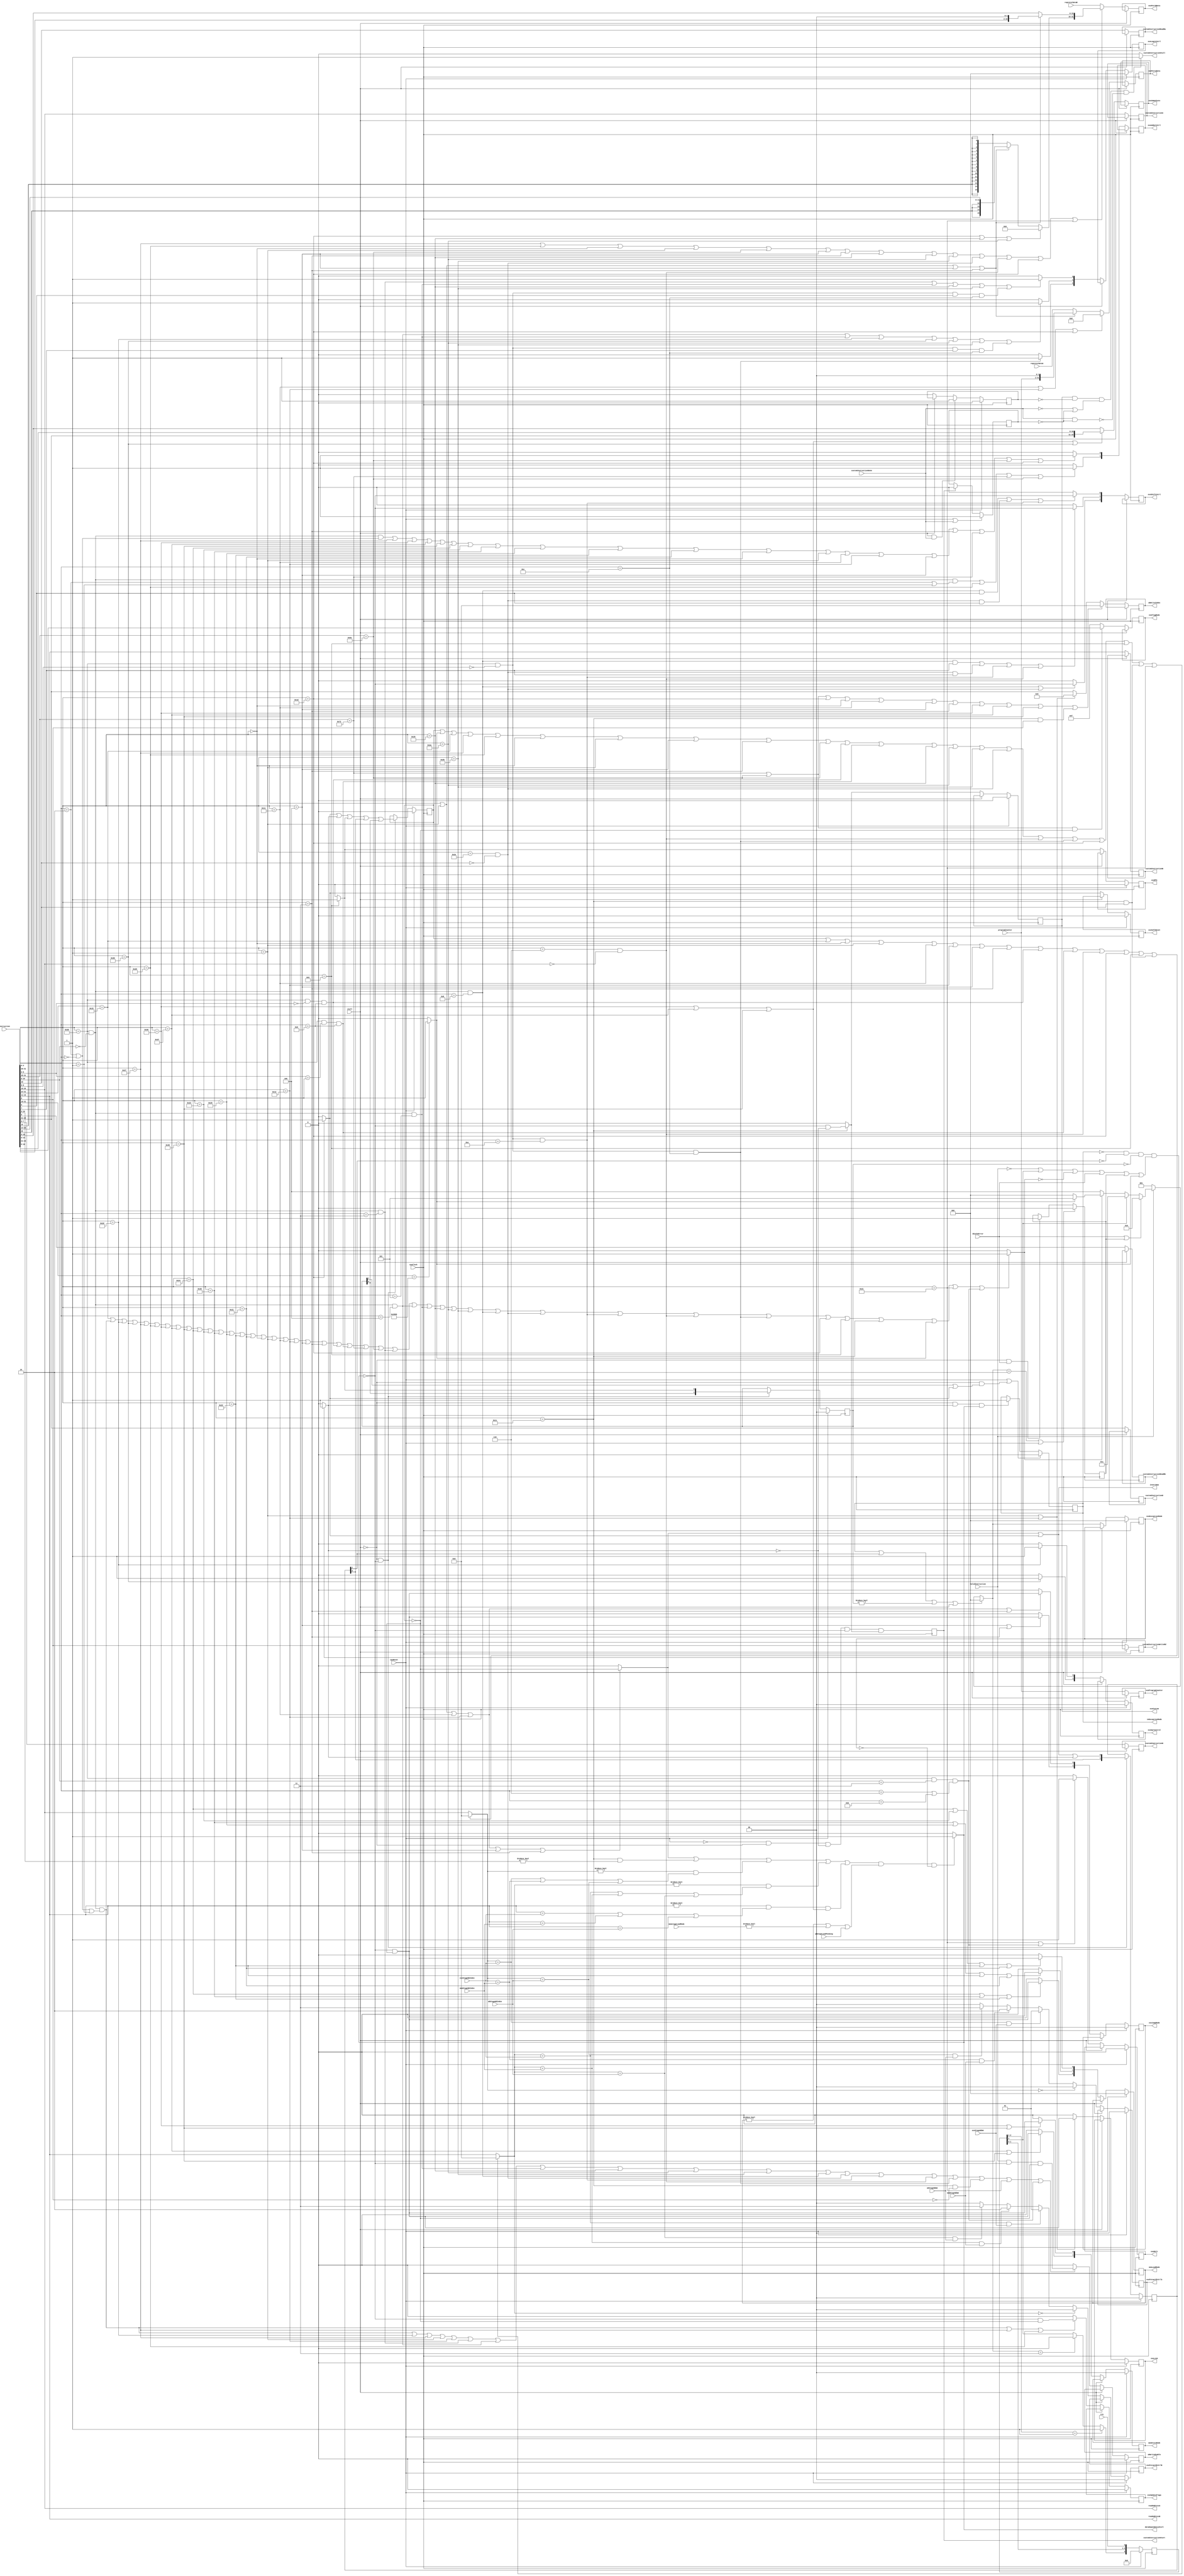
`default_nettype none 
module decodeStage ( input wire  cpuClock,
                                 cpuReset,
                                 stall,
                                 irq,
                                 dCacheError,
                     output wire dataDependencyStall,
                                 customInstructionStall,
                     
                     // here the fetch-stage interface is defined
                     input wire [31:0] instruction,
                     input wire        validInstruction,
                     input wire [31:2] programCounter,
                     output wire       insertNop,
                     
                     // here the register-file interface is defined
                     output wire [4:0] readAddressA,
                                       readAddressB,
                     input wire [31:0] registerDataA,
                                       registerDataB,
                     output wire       inExceptionMode,
                     
                     // here the forward detection interface is defined
                     input wire [4:0] exeStageWbIndex,
                                      memStageWbIndex,
                                      wbStageWbIndex,
                     input wire       exeStageWbWe,
                                      memStageWbWe,
                                      wbStageWbWe,
                     
                     // here the exe-stage interface is defined
                     output reg [31:2] exeProgramCounter,
                     output reg [31:0] exePortAData,
                                       exePortBData,
                     output reg [1:0]  exeForwardCntrlA,
                                       exeForwardCntrlB,
                                       exeAdderCntrl,
                     output reg [2:0]  exeLogicCntrl,
                                       exeShiftCntrl,
                     output reg        exeUpdateFlags,
                     output reg [1:0]  exeJumpMode,
                                       exeSprControl,
                     output reg        exeLink,
                     output reg [3:0]  exeFlagMode,
                     output reg        exeSoftReset,
                     output wire [2:0] exeExceptionMode,
                     output reg        exeRfe,
                     output reg [15:0] exeImmediate,
                     output wire       exeCustom,
                     output reg        exeMult,
                     output reg [1:0]  memStoreMode,
                     output wire [2:0] memLoadMode,
                     input wire [2:0]  memstageLoadMode,
                     input wire        wbStageLoadPending,
                     output reg [4:0]  wbWriteIndex,
                     output reg        wbWriteEnable,
                     
                     // here part of the custom instruction interface is defined
                     output wire      customInstructionStart,
                     output reg [7:0] customInatructionN,
                     output reg [4:0] customInstructionA,
                                      customInstructionB,
                                      customInstructionD,
                     output reg       customInstructionReadRa,
                                      customInstructionReadRb,
                                      customInstructionWriteRd,
                     input wire       customInstructionDone );

  reg s_flushReg;
  reg [2:0] s_exeLoadModeReg, s_exceptionModeReg;
  reg [3:0]  s_irqRequestReg;
  reg s_inExcepModeReg, s_dCacheErrorReg;
  wire s_isException;
  // assign the register file signals
  assign readAddressA = instruction[20:16];
  assign readAddressB = instruction[15:11];
  assign memLoadMode = s_exeLoadModeReg;
  assign exeExceptionMode = s_exceptionModeReg;
  assign inExceptionMode = s_inExcepModeReg;
  always @(posedge cpuClock) if (stall == 1'b0) exeProgramCounter <= programCounter;
  
  // here we do the decoding
  wire s_systemCall = instruction[31:16] == 16'h2000 ? 1'b1 : 1'b0;
  wire s_isJump = (instruction[31:26] == 6'b000000) // J
                  ||
                  (instruction[31:26] == 6'b000001) // JAL
                  ||
                  (instruction[31:26] == 6'b010001) // JR
                  ||
                  (instruction[31:26] == 6'b010010) // JALR
                  ||
                  (instruction[31:26] == 6'b000100) // BF
                  ||
                  (instruction[31:26] == 6'b000011) // BNF
                  ? ~s_flushReg : 1'b0;
  wire s_executeNext = ( (instruction[31:24] == 8'b00010101) // NOP instruction
                        ||
                        (instruction[31:26] == 6'b111000 &&
                         instruction[10:8] == 3'b000 &&
                         (instruction[3:0] == 4'h2 || // SUB
                          instruction[3:0] == 4'h0 || // ADD
                          instruction[3:0] == 4'h1))  // ADDC
                        ||
                        (instruction[31:26] == 6'b101101) //MFSPR
                        ||
                        (instruction[31:26] == 6'b110000) //MTSPR
                        ||
                        (instruction[31:26] == 6'b100111) // ADDI
                        ||
                        (instruction[31:26] == 6'b101000) // ADDIC
                        ||
                        (instruction[31:26] == 6'b110110) // SB
                        ||
                        (instruction[31:26] == 6'b110111) // SHW
                        ||
                        (instruction[31:26] == 6'b110101) // SW
                        ||
                        (instruction[31:26] == 6'b100100) // LBS
                        ||
                        (instruction[31:26] == 6'b100011) // LBZ
                        ||
                        (instruction[31:26] == 6'b100110) // LHS
                        ||
                        (instruction[31:26] == 6'b100101) // LHZ
                        ||
                        (instruction[31:26] == 6'b100010) // LWS
                        ||
                        (instruction[31:26] == 6'b100001) // LWZ
                        ||
                        (instruction[31:26] == 6'b000000) // J
                        ||
                        (instruction[31:26] == 6'b000001) // JAL
                        ||
                        (instruction[31:26] == 6'b010001) // JR
                        ||
                        (instruction[31:26] == 6'b010010) // JALR
                        ||
                        (instruction[31:26] == 6'b000100) // BF
                        ||
                        (instruction[31:26] == 6'b000011) // BNF
                        ||
                        (instruction[31:26] == 6'b111000 &&
                         instruction[9:6] == 4'h0 &&
                         instruction[3:0] == 4'hD) // EXTWZ
                        ||
                        (instruction[31:26] == 6'b111000 &&
                         instruction[9:6] == 4'h1 &&
                         instruction[3:0] == 4'hD) // EXTWS
                        ||
                        (instruction[31:25] == 7'b1110010) // SFxx
                        ||
                        (instruction[31:25] == 7'b1011110) // SFIxx
                        ||
                        (instruction[31:26] == 6'b111000 &&
                         instruction[10:8] == 3'b000 &&
                         instruction[3:0] == 4'h3) // AND
                        ||
                        (instruction[31:26] == 6'b111000 &&
                         instruction[10:8] == 3'b000 &&
                         instruction[3:0] == 4'h4) // OR
                        ||
                        (instruction[31:26] == 6'b111000 &&
                         instruction[10:8] == 3'b000 &&
                         instruction[3:0] == 4'h5) // XOR
                        ||
                        (instruction[31:26] == 6'b101001) // ANDI
                        ||
                        (instruction[31:26] == 6'b101010) // ORI
                        ||
                        (instruction[31:26] == 6'b101011) // XORI
                        ||
                        (instruction[31:26] == 6'b111000 &&
                         instruction[10:8] == 3'b000 &&
                         instruction[3:0] == 4'h8) // shift
                        ||
                        (instruction[31:26] == 6'b101110 &&
                         instruction[10] == 1'b0) // shift I
                        ||
                        (instruction[31:26] == 6'b111000 &&
                         instruction[9:8] == 2'b00 &&
                         instruction[3:0] == 4'hE) // CMOV
                        ||
                        (instruction[31:26] == 6'b000110 &&
                         instruction[20:16] == 5'b00000) // MIH
                        ||
                        (instruction[31:26] == 6'b111000 &&
                         instruction[9:8] == 2'b00 &&
                         instruction[3:0] == 4'hC) // extend
                        ||
                        (instruction[31:26] == 6'b011101) // jump program 0x30
                        ||
                        (instruction[31:26] == 6'b001001) // RFE
                        ||
                        (instruction[31:26] == 6'b011100) // Custom Instruction
                        ||
                        (s_systemCall == 1)
                        ||
                        (instruction[31:26] == 6'b101100) // MULI
                        ||
                        (instruction[31:26] == 6'b111000 &&
                         instruction[10:8] == 3'b011 &&
                         (instruction[3:0] == 4'b0110 ||
                          instruction[3:0] == 4'b1011)) // MUL 
                     ) ? 1'b1 : 1'b0;
  wire [4:0] s_wbIndexNext = (instruction[31:25] == 7'b1110010) // SFxx
                             ||
                             (instruction[31:25] == 7'b1011110) // SFIxx
                             ||
                             (instruction[31:26] == 6'b011101) // jump program 0x30
                             ||
                             (instruction[31:26] == 6'b000000) // J
                             ||
                             (instruction[31:26] == 6'b010001) // JR
                             ||
                             (instruction[31:26] == 6'b000100) // BF
                             ||
                             (instruction[31:26] == 6'b000011) // BNF
                             ||
                             (instruction[31:26] == 6'b110110) // SB
                             ||
                             (instruction[31:26] == 6'b110111) // SHW
                             ||
                             (instruction[31:26] == 6'b110101) // SW
                             ||
                             (instruction[31:26] == 6'b011100 &&
                              instruction[8] == 1'b1) // Custom Instruction
                             ? 5'd0 : // to avoid false data dependency stalls
                             (instruction[31:26] == 6'b000001) // JAL
                             ||
                             (instruction[31:26] == 6'b010010) // JALR
                             ? 5'd9 : instruction[25:21];
  always @(posedge cpuClock) if (stall == 1'b0) wbWriteIndex <= s_wbIndexNext;
  wire [4:0] s_regAIdxNext = (s_flushReg == 1'b1)
                             ||
                             (instruction[31:24] == 8'b00010101) // NOP instruction
                             ||
                             (instruction[31:26] == 6'b000000) // J
                             ||
                             (instruction[31:26] == 6'b000001) // JAL
                             ||
                             (instruction[31:26] == 6'b010001) // JR
                             ||
                             (instruction[31:26] == 6'b010010) // JALR
                             ||
                             (instruction[31:26] == 6'b000100) // BF
                             ||
                             (instruction[31:26] == 6'b000011) // BNF
                             ||
                             (instruction[31:26] == 6'b111000 &&
                              instruction[9:6] == 4'h0 &&
                              instruction[3:0] == 4'hD) // EXTWZ
                             ||
                             (instruction[31:26] == 6'b111000 &&
                              instruction[9:6] == 4'h1 &&
                              instruction[3:0] == 4'hD) // EXTWS
                             ||
                             (instruction[31:26] == 6'b000110 &&
                              instruction[20:16] == 5'b00000) // MIH
                             ||
                             (instruction[31:26] == 6'b011101) // jump program 0x30
                             ||
                             (instruction[31:26] == 6'b001001) // RFE
                             ||
                             (instruction[31:26] == 6'b011100 &&
                              instruction[10] == 1'b1) // Custom Instruction
                             ? 5'b00000 : instruction[20:16];
  wire [4:0] s_regBIdxNext = (s_flushReg == 1'b1)
                             ||
                             (s_systemCall == 1'b1)
                             ||
                             (instruction[31:24] == 8'b00010101) // NOP instruction
                             ||
                             (instruction[31:26] == 6'b100111) // ADDI
                             ||
                             (instruction[31:26] == 6'b101000) // ADDIC
                             ||
                             (instruction[31:26] == 6'b000000) // J
                             ||
                             (instruction[31:26] == 6'b000001) // JAL
                             ||
                             (instruction[31:26] == 6'b000100) // BF
                             ||
                             (instruction[31:26] == 6'b000011) // BNF
                             ||
                             (instruction[31:25] == 7'b1011110) // SFIxx
                             ||
                             (instruction[31:26] == 6'b111000 &&
                              instruction[9:6] == 4'h0 &&
                              instruction[3:0] == 4'hD) // EXTWZ
                             ||
                             (instruction[31:26] == 6'b111000 &&
                              instruction[9:6] == 4'h1 &&
                              instruction[3:0] == 4'hD) // EXTWS
                             ||
                             (instruction[31:26] == 6'b101001) // ANDI
                             ||
                             (instruction[31:26] == 6'b101010) // ORI
                             ||
                             (instruction[31:26] == 6'b101011) // XORI
                             ||
                             (instruction[31:26] == 6'b101110 &&
                              instruction[10] == 1'b0) // shift I
                             ||
                             (instruction[31:26] == 6'b000110 &&
                              instruction[20:16] == 5'b00000) // MIH
                             ||
                             (instruction[31:26] == 6'b111000 &&
                              instruction[9:8] == 2'b00 &&
                              instruction[3:0] == 4'hC) // extend
                             ||
                             (instruction[31:26] == 6'b011101) // jump program 0x30
                             ||
                             (instruction[31:26] == 6'b001001) // RFE
                             ||
                             (instruction[31:26] == 6'b011100 &&
                              instruction[10] == 1'b1) // Custom Instruction
                             ||
                             (instruction[31:26] == 6'b101100) // MULI
                             ? 5'b00000 : instruction[15:11];
  wire s_dataDependencyStall = (s_isJump == 1'b1
                                ||
                                (instruction[31:26] == 6'b011100 &&
                                 instruction[10:9] != 2'b00) // Custom Instruction
                                ||
                                (s_regAIdxNext != 5'b00000 &&
                                 (s_regAIdxNext == exeStageWbIndex ||
                                  s_regAIdxNext == memStageWbIndex ||
                                  s_regAIdxNext == wbStageWbIndex))
                                ||
                                (s_regBIdxNext != 5'b00000 &&
                                 (s_regBIdxNext == exeStageWbIndex ||
                                  s_regBIdxNext == memStageWbIndex ||
                                  s_regBIdxNext == wbStageWbIndex))
                                ||
                                (instruction[15:11] != 5'b0000 &&
                                 (instruction[15:11] == exeStageWbIndex ||
                                  instruction[15:11] == memStageWbIndex ||
                                  instruction[15:11] == wbStageWbIndex) &&
                                 (instruction[31:26] == 6'b110110 || // SB
                                  instruction[31:26] == 6'b110111 || // SHW
                                  instruction[31:26] == 6'b110101)))  // SW
                               &&
                               (s_exeLoadModeReg != 3'b000 ||
                                memstageLoadMode != 3'b000 ||
                                wbStageLoadPending == 1'b1)
                               &&
                               s_exceptionModeReg == 3'b000 ? 1'b1 : 1'b0;
  assign dataDependencyStall = s_dataDependencyStall;
  wire s_wbEnableNext = (instruction[31:26] == 6'b111000 &&
                         instruction[10:8] == 3'b000 &&
                         (instruction[3:0] == 4'h2 || // SUB
                          instruction[3:0] == 4'h0 || // ADD
                          instruction[3:0] == 4'h1))  // ADDC
                        ||
                        (instruction[31:26] == 6'b101101) //MFSPR
                        ||
                        (instruction[31:26] == 6'b100111) // ADDI
                        ||
                        (instruction[31:26] == 6'b000001) // JAL
                        ||
                        (instruction[31:26] == 6'b010010) // JALR
                        ||
                        (instruction[31:26] == 6'b111000 &&
                         instruction[10:8] == 3'b000 &&
                         instruction[3:0] == 4'h3) // AND
                        ||
                        (instruction[31:26] == 6'b111000 &&
                         instruction[10:8] == 3'b000 &&
                         instruction[3:0] == 4'h4) // OR
                        ||
                        (instruction[31:26] == 6'b111000 &&
                         instruction[10:8] == 3'b000 &&
                         instruction[3:0] == 4'h5) // XOR
                        ||
                        (instruction[31:26] == 6'b101001) // ANDI
                        ||
                        (instruction[31:26] == 6'b101010) // ORI
                        ||
                        (instruction[31:26] == 6'b101011) // XORI
                        ||
                        (instruction[31:26] == 6'b111000 &&
                         instruction[10:8] == 3'b000 &&
                         instruction[3:0] == 4'h8) // shift
                        ||
                        (instruction[31:26] == 6'b101110 &&
                         instruction[10] == 1'b0) // shift I
                        ||
                        (instruction[31:26] == 6'b111000 &&
                         instruction[9:8] == 2'b00 &&
                         instruction[3:0] == 4'hE) // CMOV
                        ||
                        (instruction[31:26] == 6'b000110 &&
                         instruction[20:16] == 5'b00000) // MIH
                        ||
                        (instruction[31:26] == 6'b111000 &&
                         instruction[9:8] == 2'b00 &&
                         instruction[3:0] == 4'hC) // extend
                        ||
                        (instruction[31:26] == 6'b011100 &&
                         instruction[8] == 1'b0) // Custom Instruction
                        ||
                        (instruction[31:26] == 6'b101100) // MULI
                        ||
                        (instruction[31:26] == 6'b111000 &&
                         instruction[10:8] == 3'b011 &&
                         (instruction[3:0] == 4'b0110 ||
                          instruction[3:0] == 4'b1011)) // MUL 
                        ? validInstruction & ~s_dataDependencyStall & ~s_flushReg : 1'b0;
  always @(posedge cpuClock) if (cpuReset == 1'b1) wbWriteEnable <= 1'b0;
                             else if (stall == 1'b0) wbWriteEnable <= s_wbEnableNext;
  wire [31:0] s_regANext = (instruction[31:26] == 6'b010001) // JR
                           ||
                           (instruction[31:26] == 6'b010010) // JALR
                           ||
                           (instruction[31:26] == 6'b011101) // jump program 0x30
                           ? {32{1'b0}} :
                           (instruction[31:26] == 6'b000000) // J
                           ||
                           (instruction[31:26] == 6'b000001) // JAL
                           ||
                           (instruction[31:26] == 6'b000100) // BF
                           ||
                           (instruction[31:26] == 6'b000011) // BNF
                           ? {programCounter,2'b00} : registerDataA;
  always @(posedge cpuClock) if (stall == 1'b0) exePortAData <= s_regANext;
  wire [31:0] s_immediateValue;
  assign s_immediateValue[31:16] = (instruction[31:26] == 6'b011101) // jump program 0x30
                                   ||
                                   (instruction[31:26] == 6'b101001) // ANDI
                                   ||
                                   (instruction[31:26] == 6'b101010) // ORI
                                   ? {16{1'b0}} :
                                   (instruction[31:26] == 6'b000000) // J
                                   ||
                                   (instruction[31:26] == 6'b000001) // JAL
                                   ||
                                   (instruction[31:26] == 6'b000100) // BF
                                   ||
                                   (instruction[31:26] == 6'b000011) // BNF
                                   ? {instruction[25],instruction[25],instruction[25],instruction[25],instruction[25:14]} : {16{instruction[15]}};
  assign s_immediateValue[15:0] = (instruction[31:26] == 6'b000000) // J
                                  ||
                                  (instruction[31:26] == 6'b000001) // JAL
                                  ||
                                  (instruction[31:26] == 6'b000100) // BF
                                  ||
                                  (instruction[31:26] == 6'b000011) // BNF
                                  ? {instruction[13:0],2'b0} : instruction[15:0];
  wire [31:0] s_regBNext = (instruction[31:26] == 6'b100111) // ADDI
                           ||
                           (instruction[31:26] == 6'b101000) // ADDIC
                           ||
                           (instruction[31:26] == 6'b000000) // J
                           ||
                           (instruction[31:26] == 6'b000001) // JAL
                           ||
                           (instruction[31:25] == 7'b1011110) // SFIxx
                           ||
                           (instruction[31:26] == 6'b000100) // BF
                           ||
                           (instruction[31:26] == 6'b000011) // BNF
                           ||
                           (instruction[31:26] == 6'b101001) // ANDI
                           ||
                           (instruction[31:26] == 6'b101010) // ORI
                           ||
                           (instruction[31:26] == 6'b101011) // XORI
                           ||
                           (instruction[31:26] == 6'b101110 &&
                            instruction[10] == 1'b0) // shift I
                           ||
                           (instruction[31:26] == 6'b000110 &&
                            instruction[20:16] == 5'b00000) // MIH
                           ||
                           (instruction[31:26] == 6'b011101) // jump program 0x30
                           ||
                           (instruction[31:26] == 6'b101100) // MULI
                           ? s_immediateValue : registerDataB;
  always @(posedge cpuClock) if (stall == 1'b0) exePortBData <= s_regBNext;

  wire[1:0] s_exeAdderCntrlNext;
  assign s_exeAdderCntrlNext[0] = (instruction[31:26] == 6'b111000 &&
                                   instruction[10:8] == 3'b000 &&
                                   (instruction[3:0] == 4'h2 || // SUB
                                    instruction[3:0] == 4'h0)) // ADD
                                  ||
                                  (instruction[31:26] == 6'b100111) // ADDI
                                  ||
                                  (instruction[31:26] == 6'b110110) // SB
                                  ||
                                  (instruction[31:26] == 6'b110111) // SHW
                                  ||
                                  (instruction[31:26] == 6'b110101) // SW
                                  ||
                                  (instruction[31:26] == 6'b100100) // LBS
                                  ||
                                  (instruction[31:26] == 6'b100011) // LBZ
                                  ||
                                  (instruction[31:26] == 6'b100110) // LHS
                                  ||
                                  (instruction[31:26] == 6'b100101) // LHZ
                                  ||
                                  (instruction[31:26] == 6'b100010) // LWS
                                  ||
                                  (instruction[31:26] == 6'b100001) // LWZ
                                  ||
                                  (instruction[31:26] == 6'b000000) // J
                                  ||
                                  (instruction[31:26] == 6'b000001) // JAL
                                  ||
                                  (instruction[31:26] == 6'b010001) // JR
                                  ||
                                  (instruction[31:26] == 6'b010010) // JALR
                                  ||
                                  (instruction[31:26] == 6'b000100) // BF
                                  ||
                                  (instruction[31:26] == 6'b000011) // BNF
                                  ||
                                  (instruction[31:25] == 7'b1110010) // SFxx
                                  ||
                                  (instruction[31:25] == 7'b1011110) // SFIxx
                                  ||
                                  (instruction[31:26] == 6'b011101) // jump program 0x30
                                  ? 1'b1 : 1'b0;
  assign s_exeAdderCntrlNext[1] = (instruction[31:26] == 6'b111000 &&
                                   instruction[10:8] == 3'b000 &&
                                   (instruction[3:0] == 4'h2 || // SUB
                                    instruction[3:0] == 4'h1))  // ADDC
                                  ||
                                  (instruction[31:26] == 6'b101000) // ADDIC
                                  ||
                                  (instruction[31:25] == 7'b1110010) // SFxx
                                  ||
                                  (instruction[31:25] == 7'b1011110) // SFIxx
                                  ? 1'b1 : 1'b0;
  always @(posedge cpuClock) if (stall == 1'b0) exeAdderCntrl <= s_exeAdderCntrlNext;

  wire s_exeUpdateFlagsNext = (instruction[31:26] == 6'b111000 &&
                               instruction[10:8] == 3'b000 &&
                               (instruction[3:0] == 4'h2 || // SUB
                                instruction[3:0] == 4'h0 || // ADD
                                instruction[3:0] == 4'h1))  // ADDC
                              ||
                              (instruction[31:26] == 6'b100111) // ADDI
                              ||
                              (instruction[31:26] == 6'b101000) // ADDIC
                              ? ~s_dataDependencyStall & ~s_flushReg : 1'b0;
  always @(posedge cpuClock) if (cpuReset == 1'b1) exeUpdateFlags <= 1'b0;
                             else if (stall == 1'b0) exeUpdateFlags <= s_exeUpdateFlagsNext;

  wire s_canExecute = ~s_dataDependencyStall && ~s_flushReg;
  wire [1:0] s_storeModeNext;
  assign s_storeModeNext[0] = (instruction[31:26] == 6'b110110) // SB
                              ||
                              (instruction[31:26] == 6'b110101) // SW
                              ? ~s_dataDependencyStall && ~s_flushReg : 1'b0;
  assign s_storeModeNext[1] = (instruction[31:26] == 6'b110111) // SHW
                              ||
                              (instruction[31:26] == 6'b110101) // SW
                              ? s_canExecute : 1'b0;
  always @(posedge cpuClock) if (cpuReset == 1'b1) memStoreMode <= 2'b00;
                             else if (stall == 1'b0) memStoreMode <= s_storeModeNext;
  

  wire[2:0] s_loadModeNext;
  assign s_loadModeNext[0] = (instruction[31:26] == 6'b100100) // LBS
                             ||
                             (instruction[31:26] == 6'b100011) // LBZ
                             ||
                             (instruction[31:26] == 6'b100010) // LWS
                             ||
                             (instruction[31:26] == 6'b100001) // LWZ
                             ? s_canExecute : 1'b0;
  assign s_loadModeNext[1] = (instruction[31:26] == 6'b100110) // LHS
                             ||
                             (instruction[31:26] == 6'b100101) // LHZ
                             ||
                             (instruction[31:26] == 6'b100010) // LWS
                             ||
                             (instruction[31:26] == 6'b100001) // LWZ
                             ? s_canExecute : 1'b0;
  assign s_loadModeNext[2] = (instruction[31:26] == 6'b100100) // LBS
                             ||
                             (instruction[31:26] == 6'b100110) // LHS
                             ||
                             (instruction[31:26] == 6'b100010) // LWS
                             ? s_canExecute : 1'b0;
  always @(posedge cpuClock) if (cpuReset == 1'b1) s_exeLoadModeReg <= 3'b000;
                             else if (stall == 1'b0) s_exeLoadModeReg <= s_loadModeNext;

  wire[1:0] s_jumpModeNext;
  assign s_jumpModeNext[0] = (instruction[31:26] == 6'b000000) // J
                             ||
                             (instruction[31:26] == 6'b000001) // JAL
                             ||
                             (instruction[31:26] == 6'b010001) // JR
                             ||
                             (instruction[31:26] == 6'b010010) // JALR
                             ||
                             (instruction[31:26] == 6'b000011) // BNF
                             ? s_canExecute : 1'b0;
  assign s_jumpModeNext[1] = (instruction[31:26] == 6'b000100) // BF
                             ||
                             (instruction[31:26] == 6'b000011) // BNF
                             ? s_canExecute : 1'b0;
  always @(posedge cpuClock) if (cpuReset == 1'b1) exeJumpMode <= 2'b00;
                             else if (stall == 1'b0) exeJumpMode <= s_jumpModeNext;

  wire s_linkNext = (instruction[31:26] == 6'b000001) // JAL
                    ||
                    (instruction[31:26] == 6'b010010) // JALR
                    ? s_canExecute : 1'b0;
  always @(posedge cpuClock) if (cpuReset == 1'b1) exeLink <= 1'b0;
                             else if (stall == 1'b0) exeLink <= s_linkNext;

  wire [3:0] s_exeFlagModeNext  = ((instruction[31:25] == 7'b1110010 || // SFxx
                                    instruction[31:25] == 7'b1011110) // SFIxx
                                  && s_flushReg == 1'b0 )
                                  ? instruction[24:21] : 4'hF;
  always @(posedge cpuClock) if (stall == 1'b0) exeFlagMode <= s_exeFlagModeNext;
  
  wire [15:0] s_exeImmediateNext = (instruction[31:26] == 6'b110110) // SB
                                   ||
                                   (instruction[31:26] == 6'b110111) // SHW
                                   ||
                                   (instruction[31:26] == 6'b110101) // SW
                                   ||
                                   (instruction[31:26] == 6'b110000) // MTSPR
                                   ? {instruction[25:21],instruction[10:0]} : instruction[15:0];
  always @(posedge cpuClock) if (stall == 1'b0) exeImmediate <= s_exeImmediateNext;

  wire[2:0] s_exeLogicControlNext;
  assign s_exeLogicControlNext[0] = (instruction[31:26] == 6'b111000 &&
                                     instruction[10:8] == 3'b000 &&
                                     instruction[3:0] == 4'h3) // AND
                                    ||
                                    (instruction[31:26] == 6'b111000 &&
                                     instruction[10:8] == 3'b000 &&
                                     instruction[3:0] == 4'h5) // XOR
                                    ||
                                    (instruction[31:26] == 6'b101001) // ANDI
                                    ||
                                    (instruction[31:26] == 6'b101011) // XORI
                                    ||
                                    (instruction[31:26] == 6'b111000 &&
                                     instruction[9:8] == 2'b00 &&
                                     instruction[6] == 1'b1 &&
                                     instruction[3:0] == 4'hC) // extend
                                    ?1'b1 : 1'b0;
  assign s_exeLogicControlNext[1] = (instruction[31:26] == 6'b111000 &&
                                     instruction[10:8] == 3'b000 &&
                                     instruction[3:0] == 4'h4) // OR
                                    ||
                                    (instruction[31:26] == 6'b111000 &&
                                     instruction[10:8] == 3'b000 &&
                                     instruction[3:0] == 4'h5) // XOR
                                    ||
                                    (instruction[31:26] == 6'b101101) // MFSPR
                                    ||
                                    (instruction[31:26] == 6'b110000) // MTSPR
                                    ||
                                    (instruction[31:26] == 6'b101010) // ORI
                                    ||
                                    (instruction[31:26] == 6'b101011) // XORI
                                    ||
                                    (instruction[31:26] == 6'b111000 &&
                                     instruction[9:8] == 2'b00 &&
                                     instruction[7] == 1'b1 &&
                                     instruction[3:0] == 4'hC) // extend
                                    ?1'b1 : 1'b0;
  assign s_exeLogicControlNext[2] = (instruction[31:26] == 6'b111000 &&
                                     instruction[9:8] == 2'b00 &&
                                     instruction[3:0] == 4'hC) // extend
                                    ?1'b1 : 1'b0;
  always @(posedge cpuClock) if (cpuReset == 1'b1) exeLogicCntrl <= 3'b000;
                             else if (stall == 1'b0) exeLogicCntrl <= s_exeLogicControlNext;
  
  wire [1:0] s_exeSprControlNext;
  assign s_exeSprControlNext[0] = (instruction[31:26] == 6'b101101) ? 1'b1 : 1'b0; //MFSPR
  assign s_exeSprControlNext[1] = (instruction[31:26] == 6'b110000) ? 1'b1 : 1'b0; //MTSPR
  always @(posedge cpuClock) if (cpuReset == 1'b1) exeSprControl <= 2'd0;
                             else if (stall == 1'b0) exeSprControl <= s_exeSprControlNext;

  wire [2:0] s_exeShiftCntrlNext;
  assign s_exeShiftCntrlNext[0] = (instruction[31:26] == 6'b111000 &&
                                   instruction[10:8] == 3'b000 &&
                                   instruction[3:0] == 4'h8 &&
                                   instruction[6] == 1'b1) // shift
                                  ||
                                  (instruction[31:26] == 6'b101110 &&
                                   instruction[10] == 1'b0 &&
                                   instruction[6] == 1'b1) // shift I
                                  ||
                                  (instruction[31:26] == 6'b111000 &&
                                   instruction[9:8] == 2'b00 &&
                                   instruction[3:0] == 4'hE) // CMOV
                                  ? ~s_dataDependencyStall : 1'b0;
  assign s_exeShiftCntrlNext[1] = (instruction[31:26] == 6'b111000 &&
                                   instruction[10:8] == 3'b000 &&
                                   instruction[3:0] == 4'h8 &&
                                   instruction[7] == 1'b1) // shift
                                  ||
                                  (instruction[31:26] == 6'b101110 &&
                                   instruction[10] == 1'b0 &&
                                   instruction[7] == 1'b1) // shift I
                                  ||
                                  (instruction[31:26] == 6'b111000 &&
                                   instruction[9:8] == 2'b00 &&
                                   instruction[3:0] == 4'hE) // CMOV
                                  ||
                                  (instruction[31:26] == 6'b000110 &&
                                   instruction[20:16] == 5'b00000) // MIH
                                  ? ~s_dataDependencyStall : 1'b0;
  assign s_exeShiftCntrlNext[2] = (instruction[31:26] == 6'b111000 &&
                                   instruction[10:8] == 3'b000 &&
                                   instruction[3:0] == 4'h8) // shift
                                  ||
                                  (instruction[31:26] == 6'b101110 &&
                                   instruction[10] == 1'b0) // shift I
                                  ? ~s_dataDependencyStall : 1'b0;
  always @(posedge cpuClock) if (stall == 1'b0) exeShiftCntrl <= s_exeShiftCntrlNext;

  wire e_exeMultNext = (instruction[31:26] == 6'b101100) // MULI
                       ||
                       (instruction[31:26] == 6'b111000 &&
                        instruction[10:8] == 3'b011 &&
                        (instruction[3:0] == 4'b0110 ||
                         instruction[3:0] == 4'b1011)) // MUL 
                       ? 1'b1 : 1'b0;
  always @(posedge cpuClock) if (cpuReset == 1'b1) exeMult <= 1'b0;
                             else if (stall == 1'b0) exeMult <= e_exeMultNext;

  wire s_softResetNext = instruction[31:26] == 6'b011101 ? 1'b1 : 1'b0;
  always @(posedge cpuClock) if (cpuReset == 1'b1) exeSoftReset <= 1'b0;
                             else if (stall == 1'b0) exeSoftReset <= s_softResetNext;

  wire s_insertNop = s_isJump || s_softResetNext;
  assign insertNop = s_insertNop;
  reg [1:0] s_nopDelayReg;
  wire [1:0] s_nopDelayNext = (stall == 1'b0 && s_dataDependencyStall == 1'b0) ? {s_nopDelayReg[0],s_insertNop | s_isException} : s_nopDelayReg;
  always @(posedge cpuClock) if (cpuReset == 1'b1) s_nopDelayReg <= 2'b00;
                             else s_nopDelayReg <= s_nopDelayNext;

  wire s_isRfe = instruction[31:26] == 6'b001001 ? 1'b1 : 1'b0;
  always @(posedge cpuClock) if (cpuReset == 1'b1) exeRfe <= 1'b0;
                             else if (stall == 1'b0) exeRfe <= s_isRfe;
  reg [1:0]  s_rfeDelayReg;
  wire [1:0] s_rfeDelayNext = (stall == 1'b0 && s_dataDependencyStall == 1'b0) ? {s_rfeDelayReg[0],s_isRfe} : s_rfeDelayReg;
  always @(posedge cpuClock) if (cpuReset == 1'b1) s_rfeDelayReg <= 2'b00;
                             else s_rfeDelayReg <= s_rfeDelayNext;
  
  wire [2:0] s_exceptionModeNext = (s_inExcepModeReg == 1'b1 ||
                                    s_nopDelayReg[1] == 1'b1 ||
                                    s_rfeDelayReg != 2'b00 ||
                                    stall == 1'b1) ? 3'b000 :
                                   (validInstruction == 1'b0) ? 3'b001 :
                                   (dCacheError == 1'b1 || s_dCacheErrorReg == 1'b1) ? 3'b010 :
                                   (s_irqRequestReg[3] == 1'b1) ? 3'b011 :
                                   (s_executeNext == 1'b0) ? 3'b100 :
                                   (s_systemCall == 1'b1) ? 3'b101 : 3'b000;
  always @(posedge cpuClock) if (cpuReset == 1'b1) s_exceptionModeReg <= 3'b000;
                             else if (stall == 1'b0) s_exceptionModeReg <= s_exceptionModeNext;
  
  wire s_dCacheErrorNext = s_exceptionModeNext == 3'b010 || cpuReset == 1'b1 ? 1'b0 :
                           stall == 1'b0 && dCacheError == 1'b1 ? 1'b1 : s_dCacheErrorReg;
  always @(posedge cpuClock) s_dCacheErrorReg <= s_dCacheErrorNext;
  
  wire [3:0] s_irqRequestNext;
  assign s_irqRequestNext[3] = s_irqRequestReg[2:1] == 2'b01 ? 1'b1 :
                               s_exceptionModeNext == 3'b011 ? 1'b0 : s_irqRequestReg[3];
  assign s_irqRequestNext[2:0] = {s_irqRequestReg[1:0],irq};
  always @(posedge cpuClock) if (cpuReset == 1'b1) s_irqRequestReg <= 4'h0;
                             else s_irqRequestReg <= s_irqRequestNext;
  
  assign s_isException = (s_inExcepModeReg == 1'b0 &&
                          s_nopDelayReg[1] == 1'b0 &&
                          s_rfeDelayReg == 2'b00 &&
                          (validInstruction == 1'b0 ||
                           s_irqRequestReg[3] == 1'b1 ||
                           s_executeNext == 1'b0 ||
                           dCacheError == 1'b1 ||
                           s_dCacheErrorReg == 1'b1 ||
                           s_systemCall == 1'b1)) ? 1'b1 : 1'b0;
  wire s_inExceptionModeNext = cpuReset == 1'b1 ||
                               (stall == 1'b0 &&
                                (s_rfeDelayReg[1] == 1'b1 ||
                                 s_softResetNext == 1'b1)) 
                               ? 1'b0 :
                               stall == 1'b0 &&
                               s_isException == 1'b1 &&
                               s_dataDependencyStall == 1'b1 ? 1'b1 : s_inExcepModeReg;
  always @(posedge cpuClock) s_inExcepModeReg <= s_inExceptionModeNext;
  
  wire s_flushNext = (cpuReset == 1'b1) ? 1'b0 :
                     (stall == 1'b0 && s_dataDependencyStall == 1'b0) ?
                     s_softResetNext | s_isException | s_isRfe | s_nopDelayReg[0] | s_rfeDelayReg[0] : s_flushReg;
  always @(posedge cpuClock) s_flushReg <= s_flushNext;
  
  // here the forwarding is determined
  wire [1:0] s_forwardCntrlANext = s_regAIdxNext == 5'd0 ? 2'b00 :
                                   (s_regAIdxNext == exeStageWbIndex && exeStageWbWe == 1'b1) ? 2'b01 :
                                   (s_regAIdxNext == memStageWbIndex && memStageWbWe == 1'b1) ? 2'b10 :
                                   (s_regAIdxNext == wbStageWbIndex && wbStageWbWe == 1'b1) ? 2'b11 : 2'b00;
  always @(posedge cpuClock) if (cpuReset == 1'b1) exeForwardCntrlA <= 2'b00;
                             else if (stall == 1'b0) exeForwardCntrlA <= s_forwardCntrlANext;

  wire [1:0] s_forwardCntrlBNext = s_regBIdxNext == 5'd0 ? 2'b00 :
                                   (s_regBIdxNext == exeStageWbIndex && exeStageWbWe == 1'b1) ? 2'b01 :
                                   (s_regBIdxNext == memStageWbIndex && memStageWbWe == 1'b1) ? 2'b10 :
                                   (s_regBIdxNext == wbStageWbIndex && wbStageWbWe == 1'b1) ? 2'b11 : 2'b00;
  always @(posedge cpuClock) if (cpuReset == 1'b1) exeForwardCntrlB <= 2'b00;
                             else if (stall == 1'b0) exeForwardCntrlB <= s_forwardCntrlBNext;

  // here part of the custom interface is defined
  wire s_isCustom = (instruction[31:26] == 6'b011100) ? ~s_dataDependencyStall & ~s_isException : 1'b0;
  reg s_isCustomReg;
  always @(posedge cpuClock) if (cpuReset == 1'b1) s_isCustomReg <= 1'b0;
                             else if (stall == 1'b0) s_isCustomReg <= s_isCustom;
  assign exeCustom = s_isCustomReg;
  
  wire s_startNext = ~cpuReset &&
                     ~stall &&
                     ~s_isException &&
                     ~s_dataDependencyStall &&
                     s_isCustom;
  reg s_startReg;
  always @(posedge cpuClock) s_startReg <= s_startNext;
  assign customInstructionStart = s_startReg;
  
  reg s_doneReg;
  wire s_doneNext = cpuReset == 1'b1 || customInstructionDone == 1'b1
                    ? 1'b1 : s_startReg == 1'b1 ? 1'b0 : s_doneReg;
  always @(posedge cpuClock) s_doneReg <= s_doneNext;

  reg s_extendedDoneReg;
  wire s_extendedDoneNext = cpuReset == 1'b1 ? 1'b0 :
                            stall == 1'b1 && customInstructionDone == 1'b1 ? 1'b1 :
                            stall == 1'b0 ? 1'b0 : s_extendedDoneReg;
  always @(posedge cpuClock) s_extendedDoneReg <= s_extendedDoneNext;
  
  assign customInstructionStall = s_isCustomReg == 1'b1 &&
                                  s_extendedDoneReg == 1'b0 &&
                                  (customInstructionDone == 1'b0 ||
                                   s_doneReg == 1'b0) &&
                                  !(customInstructionDone == 1'b1 &&
                                    s_doneReg == 1'b0) ? 1'b1 : 1'b0;
  
  always @(posedge cpuClock)
    if (stall == 1'b0)
      begin
        customInatructionN       <= instruction[7:0];
        customInstructionA       <= instruction[20:16];
        customInstructionB       <= instruction[15:11];
        customInstructionD       <= instruction[25:21];
        customInstructionReadRa  <= instruction[10];
        customInstructionReadRb  <= instruction[9];
        customInstructionWriteRd <= instruction[8];
      end
endmodule